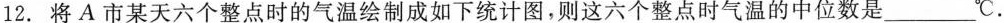
12.将A市某天六个整点时的气温绘制成如下统计图，则这六个整点时气温的中位数是___℃。